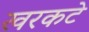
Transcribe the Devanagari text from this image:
खरकटे